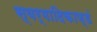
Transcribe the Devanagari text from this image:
स्वर्गादिकाण्डं